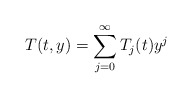
\begin{align*} T(t,y)= \sum^{\infty}_{j=0} T_j(t) y^j \end{align*}